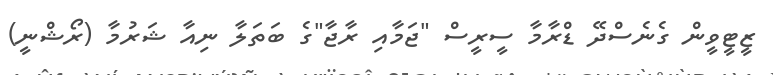
ޒީޓީވީން ގެނެސްދޭ ޑްރާމާ ސީރީސް "ޖަމާއި ރާޖާ"ގެ ބަތަލާ ނިއާ ޝަރުމާ (ރޯޝްނީ)